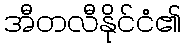
အီတလီနိုင်ငံ၏